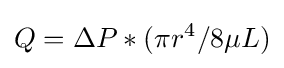
Q=\Delta P*(\pi r^{4}/8\mu L)